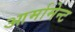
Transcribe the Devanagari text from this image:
आर्मामेन्ट